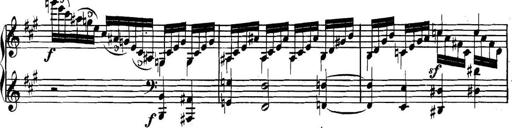
Title: Collected Piano Sonatas
Composer: Muzio Clementi